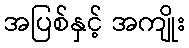
အပြစ်နှင့် အကျိုး